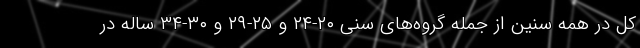
کل در همه سنین از جمله گروه‌های سنی ٢٠-٢٤ و ٢٥-٢٩ و ٣٠-٣٤ ساله در